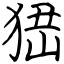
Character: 峱